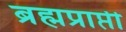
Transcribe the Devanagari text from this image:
ब्रह्मप्राप्ती